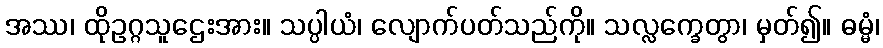
အဿ၊ ထိုဥဂ္ဂသူဌေးအား။ သပ္ပါယံ၊ လျောက်ပတ်သည်ကို။ သလ္လက္ခေတွာ၊ မှတ်၍။ ဓမ္မံ၊